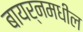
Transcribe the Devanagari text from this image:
बायर्नमधील